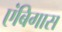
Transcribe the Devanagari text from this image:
एंबिगास